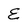
Character: E